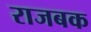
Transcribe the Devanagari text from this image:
राजबक